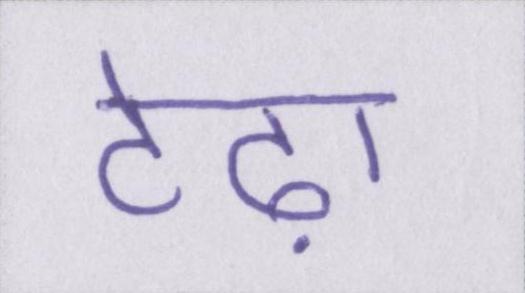
टेढ़ा